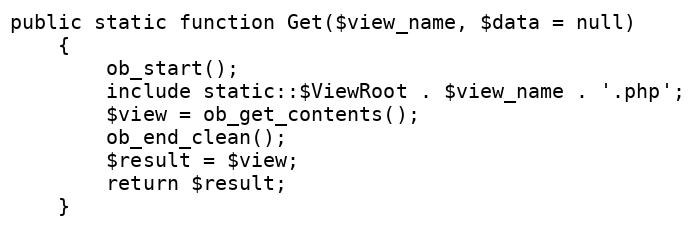
Language: PHP
public static function Get($view_name, $data = null)
    {
        ob_start();
        include static::$ViewRoot . $view_name . '.php';
        $view = ob_get_contents();
        ob_end_clean();
        $result = $view;
        return $result;
    }